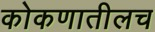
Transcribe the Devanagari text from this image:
कोकणातीलच